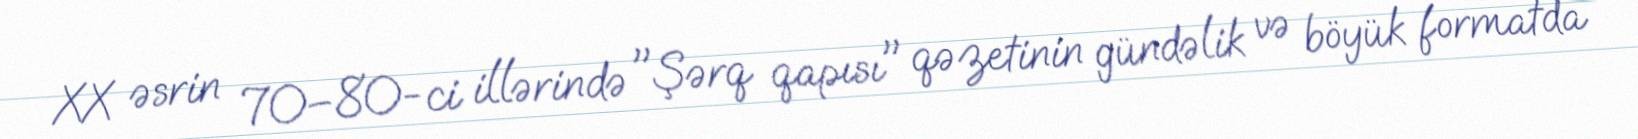
XX əsrin 70–80-ci illərində "Şərq qapısı" qəzetinin gündəlik və böyük formatda